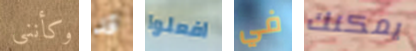
وكأنني قد افعلوا في يمكنك